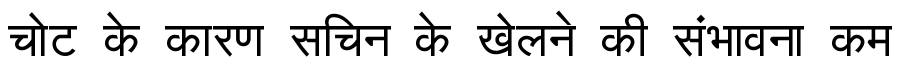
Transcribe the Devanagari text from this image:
चोट के कारण सचिन के खेलने की संभावना कम